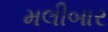
મલીબાર